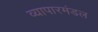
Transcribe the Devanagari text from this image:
व्यापारमंडल